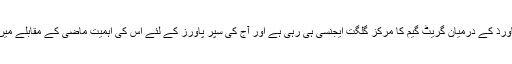
ماضی کی دو سپر پاورذ کے درمیان گریٹ گیم کا مرکز گلگت ایجنسی ہی رہی ہے اور آج کی سپر پاورز کے لئے اس کی اہمیت ماضی کے مقابلے میں کہی گناہ زیادہ ہے۔